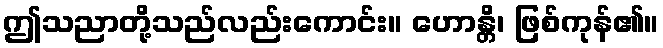
ဤသညာတို့သည်လည်းကောင်း။ ဟောန္တိ၊ ဖြစ်ကုန်၏။